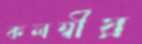
কলম্বীয়